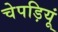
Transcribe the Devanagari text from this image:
चेपड़ियूं